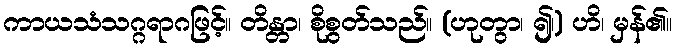
ကာယသံသဂ္ဂရာဂဖြင့်။ တိန္တာ၊ စိုစွတ်သည်။ (ဟုတွာ၊ ၍၊) ဟိ၊ မှန်၏။